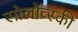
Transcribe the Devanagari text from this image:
सोलोव्स्की